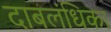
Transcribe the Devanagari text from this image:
दाबलंधिका